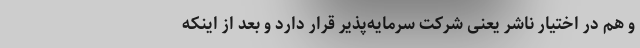
و هم در اختیار ناشر یعنی شرکت سرمایه‌پذیر قرار دارد و بعد از اینکه